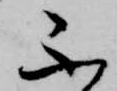
不